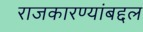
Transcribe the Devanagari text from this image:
राजकारण्यांबद्दल